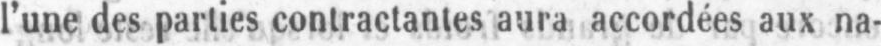
l’une des parties contractantes aura accordées aux na-